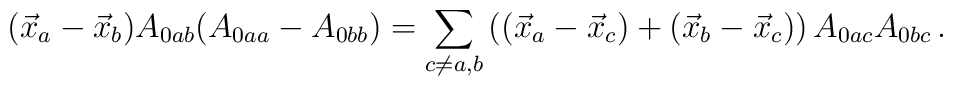
(\vec{x}_{a}-\vec{x}_{b})A_{0ab}(A_{0aa}-A_{0bb}) =\displaystyle{\sum_{c\neq a,b}\left((\vec{x}_{a}-\vec{x}_{c})+(\vec{x}_{b}-\vec{x}_{c})\right)A_{0ac}A_{0bc}}\,.